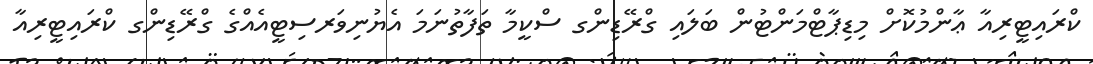
ކްރައިޓީރިއާ ޢާންމުކޮށް މިޑިޕާޓްމަންޓުން ބަލައި ގްރޭޑިންގ ސްކީމާ ތަފާތުނަމަ އެޔުނިވަރސިޓީއެއްގެ ގްރޭޑިންގ ކްރައިޓީރިއާ